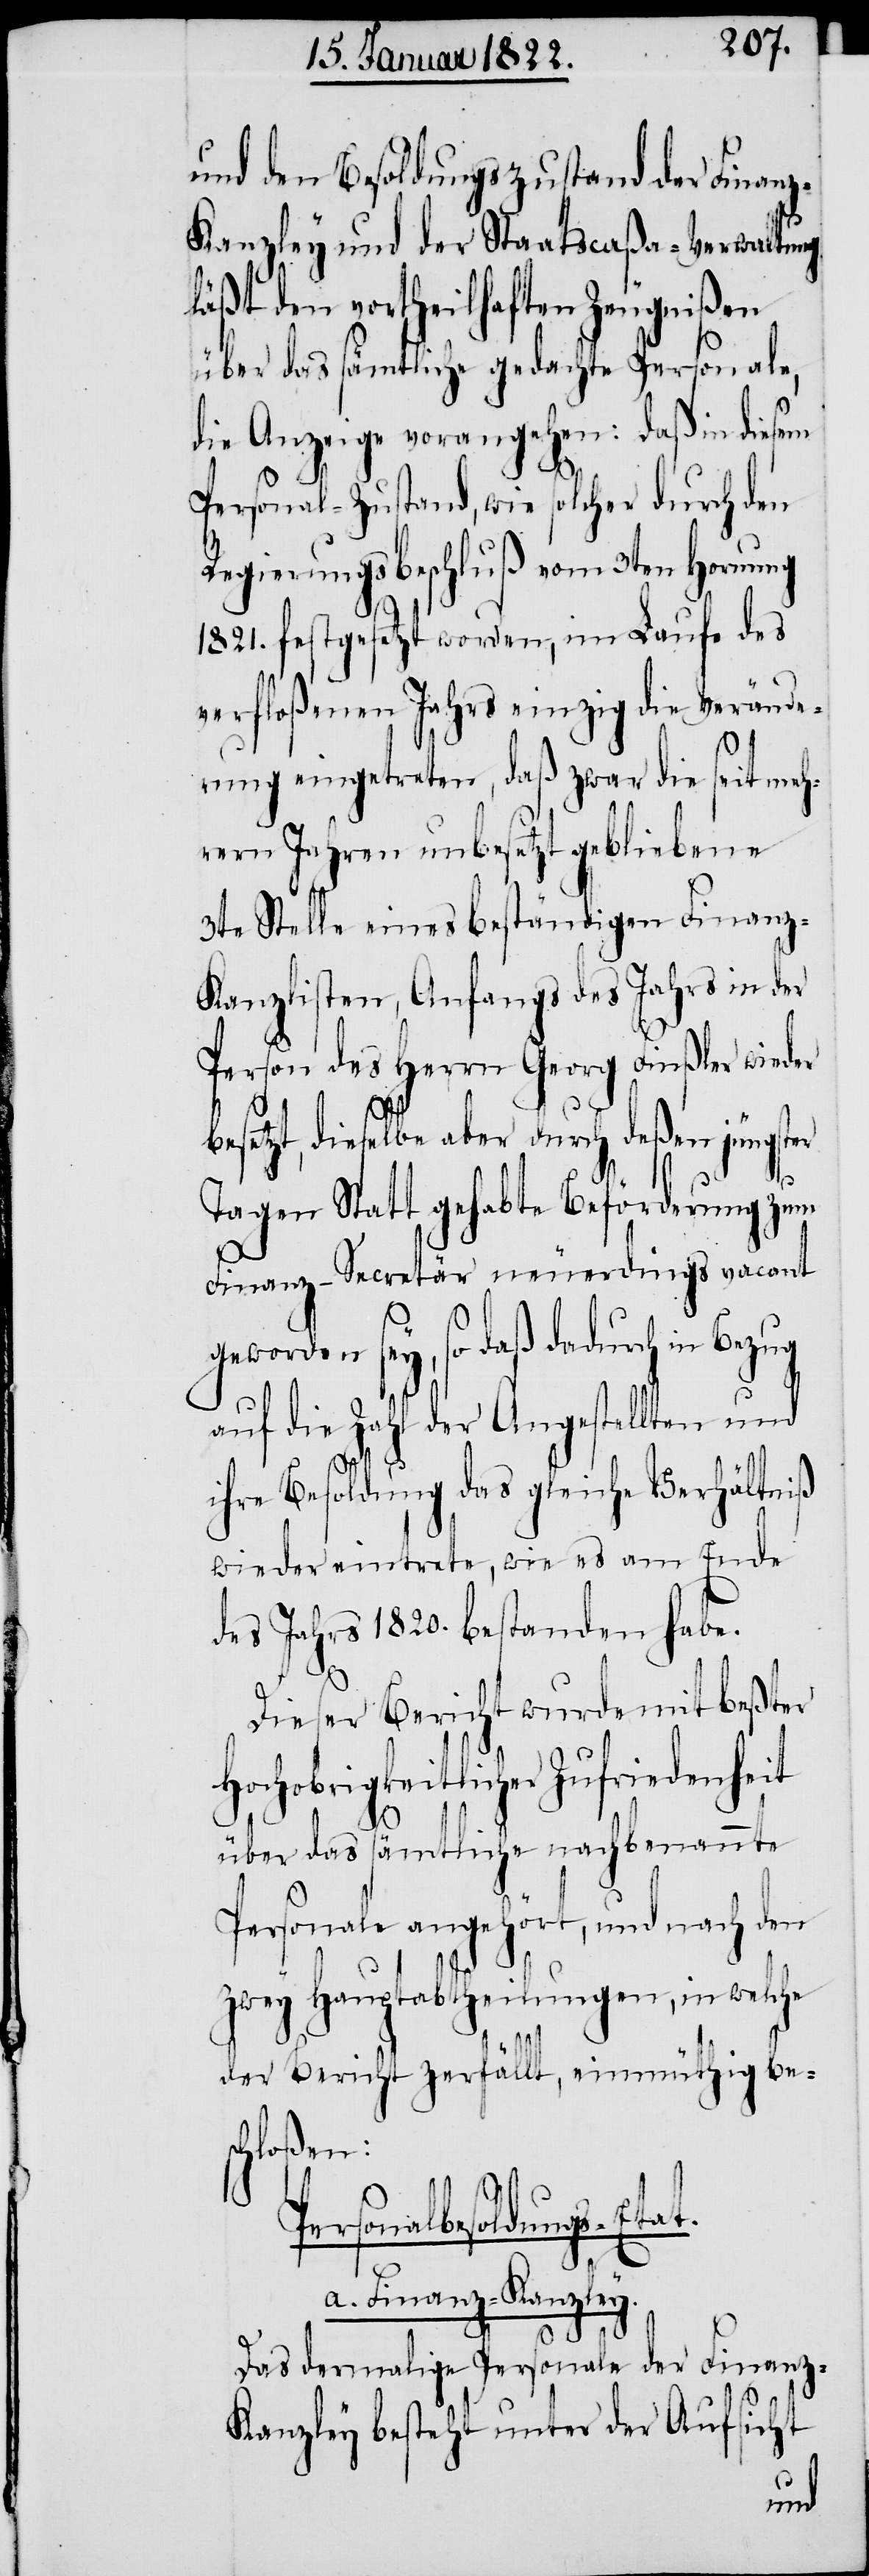
und den Besoldungszustand der Finan¬
z-Kanzley und der Staatscaßa-Verwaltung
läßt den vortheilhaften Zeugnißen
über das sämtliche gedachte Personale,
die Anzeige vorangehen: daß in diesem
Personal-Zustand, wie solcher durch den
Regierungsbeschluß vom 3ten Hornung
1821. festgesetzt worden, im Lauf des
verfloßenen Jahrs einzig die Verände¬
rung eingetreten, daß zwar die seit meh¬
rern Jahren unbesetzt gebliebene
3te Stelle eines beständigen Finanz-K¬
anzlisten, Anfangs des Jahrs in der
Person des Herrn Georg Finßler wieder
besetzt, dieselbe aber durch deßen jüngster
Tagen Statt gehabte Beförderung zum
Finanz-Secretär neuerdings vacant
geworden sey, so daß dadurch in Bezug
auf die Zahl der Angestellten und
ihre Besoldung das gleiche Verhältniß
wieder eintrete, wie es am Ende
des Jahrs 1820. bestanden habe.
Dieser Bericht wurde mit beßter
Hochobrigkeitlicher Zufriedenheit
at.
über das sämtliche nachbenannte
Personale angehört, und nach den
zwey Hauptabtheilungen, in welche
der Bericht zerfällt, einmüthig bes¬
chloßen:
Personalbesoldungs-Et¬
a. Finanz-Kanzley.
Das dermalige Personale der Finanz-K¬
anzley besteht unter der Aufsicht